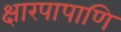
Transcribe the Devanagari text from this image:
क्षारपापाणि